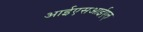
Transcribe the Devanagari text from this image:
आईएसआईएल्